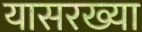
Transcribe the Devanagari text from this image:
यासरख्या